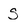
Character: S